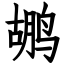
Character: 鹕